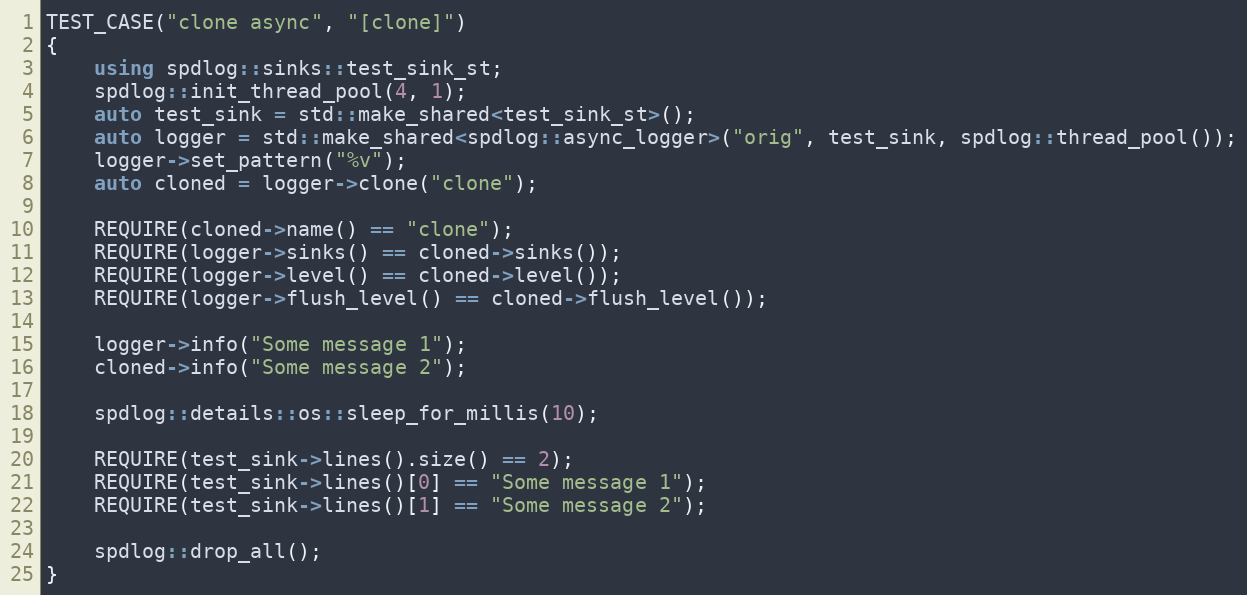
Language: C++
TEST_CASE("clone async", "[clone]")
{
    using spdlog::sinks::test_sink_st;
    spdlog::init_thread_pool(4, 1);
    auto test_sink = std::make_shared<test_sink_st>();
    auto logger = std::make_shared<spdlog::async_logger>("orig", test_sink, spdlog::thread_pool());
    logger->set_pattern("%v");
    auto cloned = logger->clone("clone");

    REQUIRE(cloned->name() == "clone");
    REQUIRE(logger->sinks() == cloned->sinks());
    REQUIRE(logger->level() == cloned->level());
    REQUIRE(logger->flush_level() == cloned->flush_level());

    logger->info("Some message 1");
    cloned->info("Some message 2");

    spdlog::details::os::sleep_for_millis(10);

    REQUIRE(test_sink->lines().size() == 2);
    REQUIRE(test_sink->lines()[0] == "Some message 1");
    REQUIRE(test_sink->lines()[1] == "Some message 2");

    spdlog::drop_all();
}